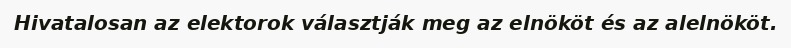
Hivatalosan az elektorok választják meg az elnököt és az alelnököt.